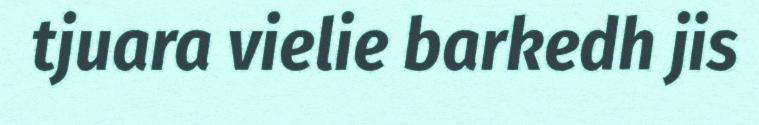
tjuara vielie barkedh jis